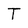
Character: T